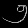
Digit: ၅